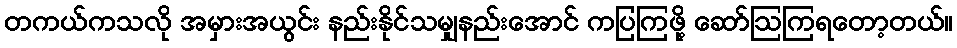
တကယ်ကသလို အမှားအယွင်း နည်းနိုင်သမျှနည်းအောင် ကပြကြဖို့ ဆော်ဩကြရတော့တယ်။